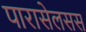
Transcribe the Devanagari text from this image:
पारासेलसस